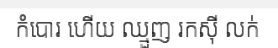
កំបោរ ហើយ ឈ្មួញ រកស៊ី លក់